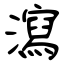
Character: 瀉